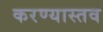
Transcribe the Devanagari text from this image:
करण्यास्तव